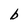
Character: b